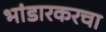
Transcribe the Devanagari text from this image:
भांडारकरचा